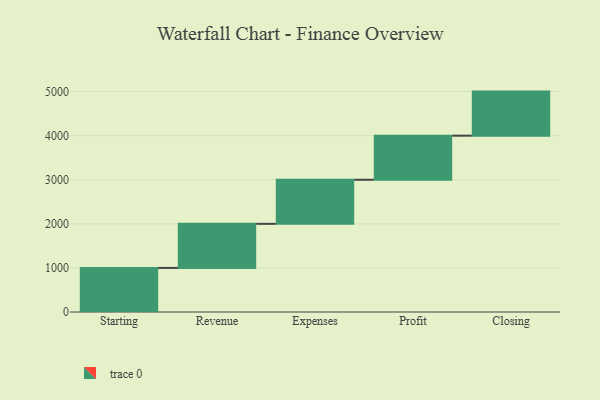
{"axis": {"x": "Step", "y": "Value"}, "legend": [""], "data": [{"x": "Starting", "y": 1000, "type": ""}, {"x": "Revenue", "y": 1000, "type": ""}, {"x": "Expenses", "y": 1000, "type": ""}, {"x": "Profit", "y": 1000, "type": ""}, {"x": "Closing", "y": 1000, "type": ""}]}